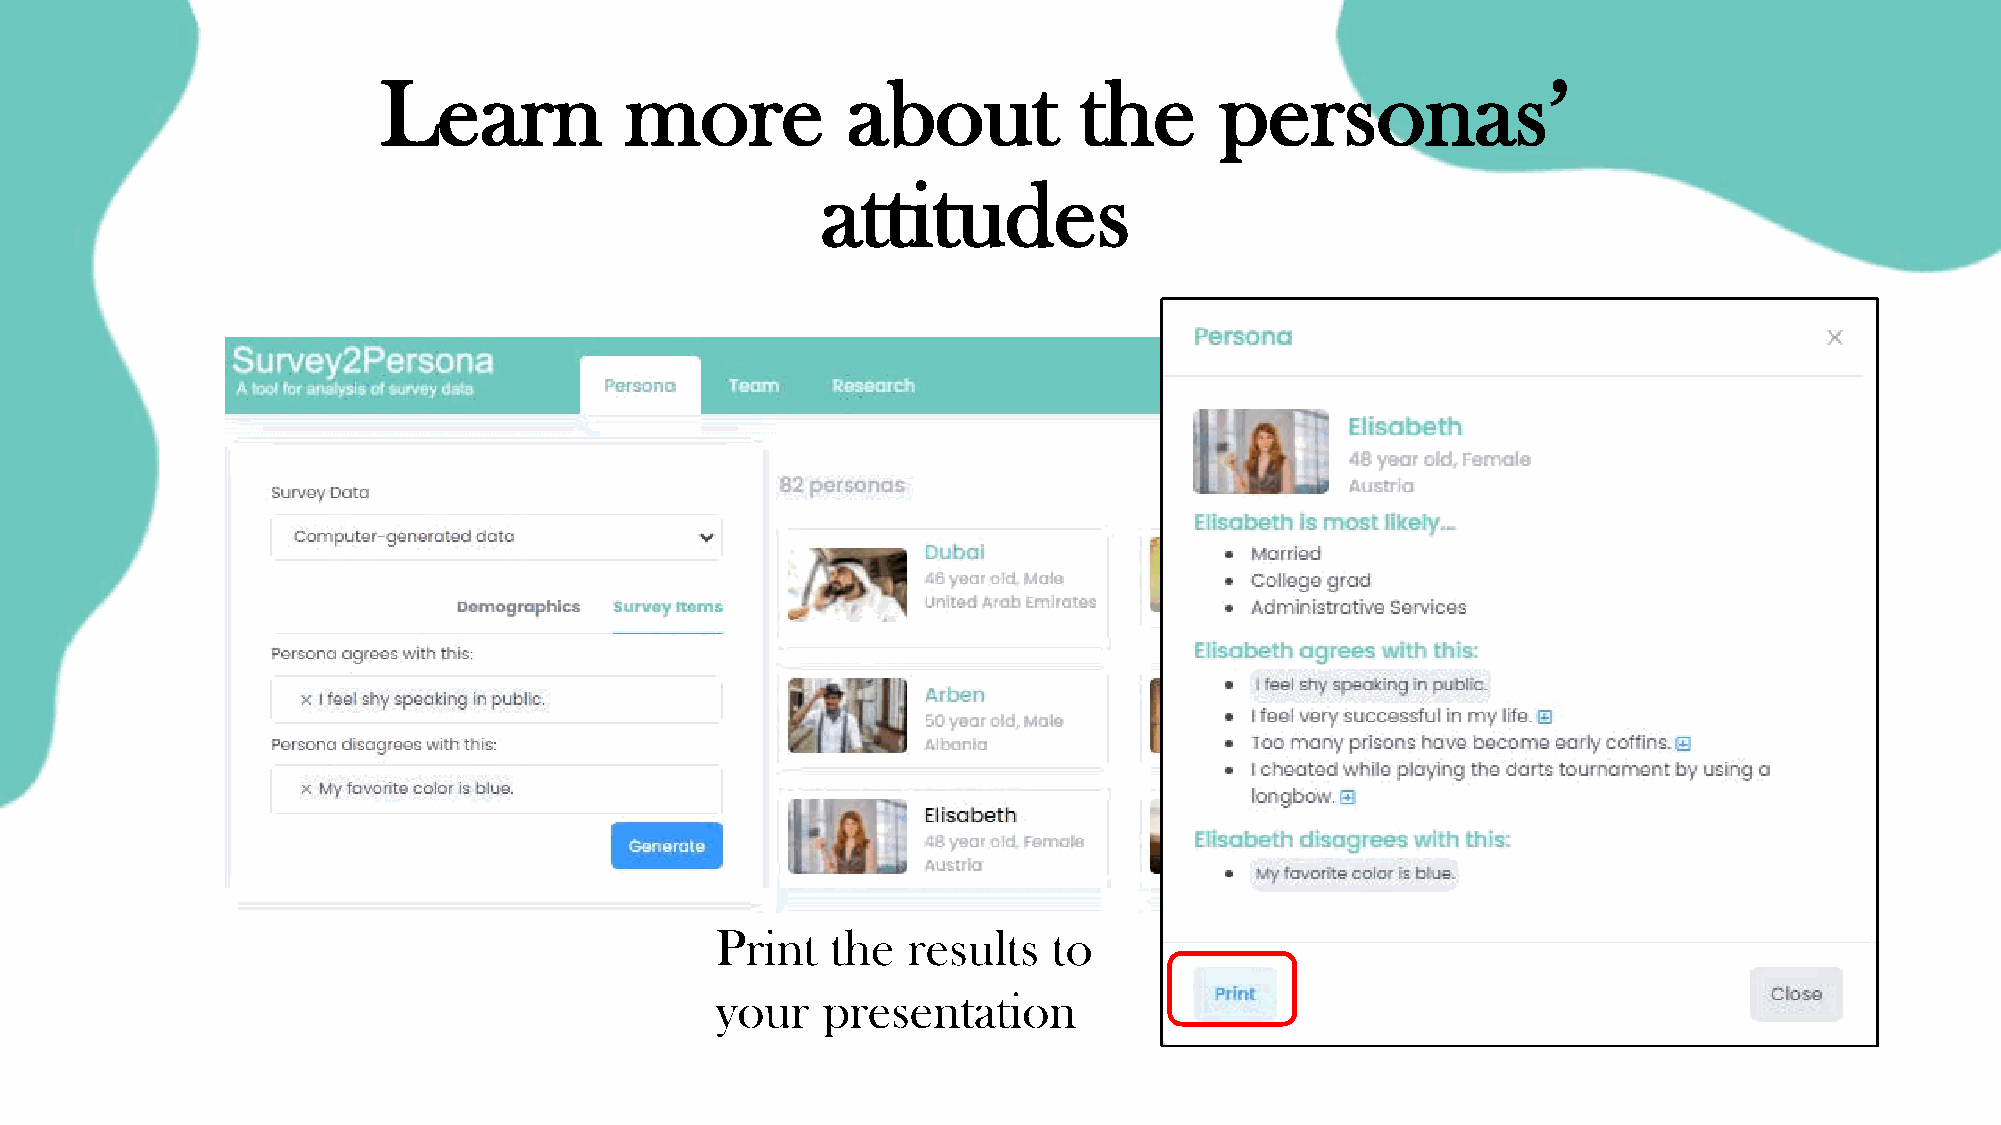
Learn           more           about          the       personas’
 attitudes
 Print   the  results   to
 your   presentation